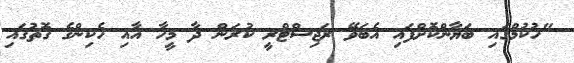
"ހުކުމްގައި ބަޔާންކޮށްފައި އެބަވޭ ރަޖިސްޓްރީ ކުރަން ދާ މީހާ އާއި ހެކިންގެ ގޮތުގައި